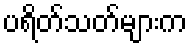
ပရိတ်သတ်များက